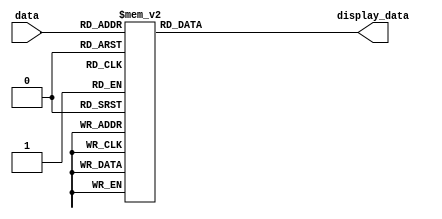
`timescale 1ns/1ns
module display_decoder ( data,
                         display_data );


input [3: 0] data;
output [6:0] display_data ;

wire [3: 0] data;
reg [6: 0] display_data;

always @(data) begin
case (data) 
            //        b'6543210
				'd0 : display_data  =  7'b1000000;
			   'd1 : display_data  =  7'b1111001;
			   'd2 : display_data  =  7'b0100100;
			   'd3 : display_data  =  7'b0110000;
			   'd4 : display_data  =  7'b0011001;
			   'd5 : display_data  =  7'b0010010;
			   'd6 : display_data  =  7'b0000010;
			   'd7 : display_data  =  7'b1111000;
			   'd8 : display_data  =  7'b0000000;
			   'd9 : display_data  =  7'b0010000;
			
	default: display_data = 7'b0000110;
endcase
end
endmodule